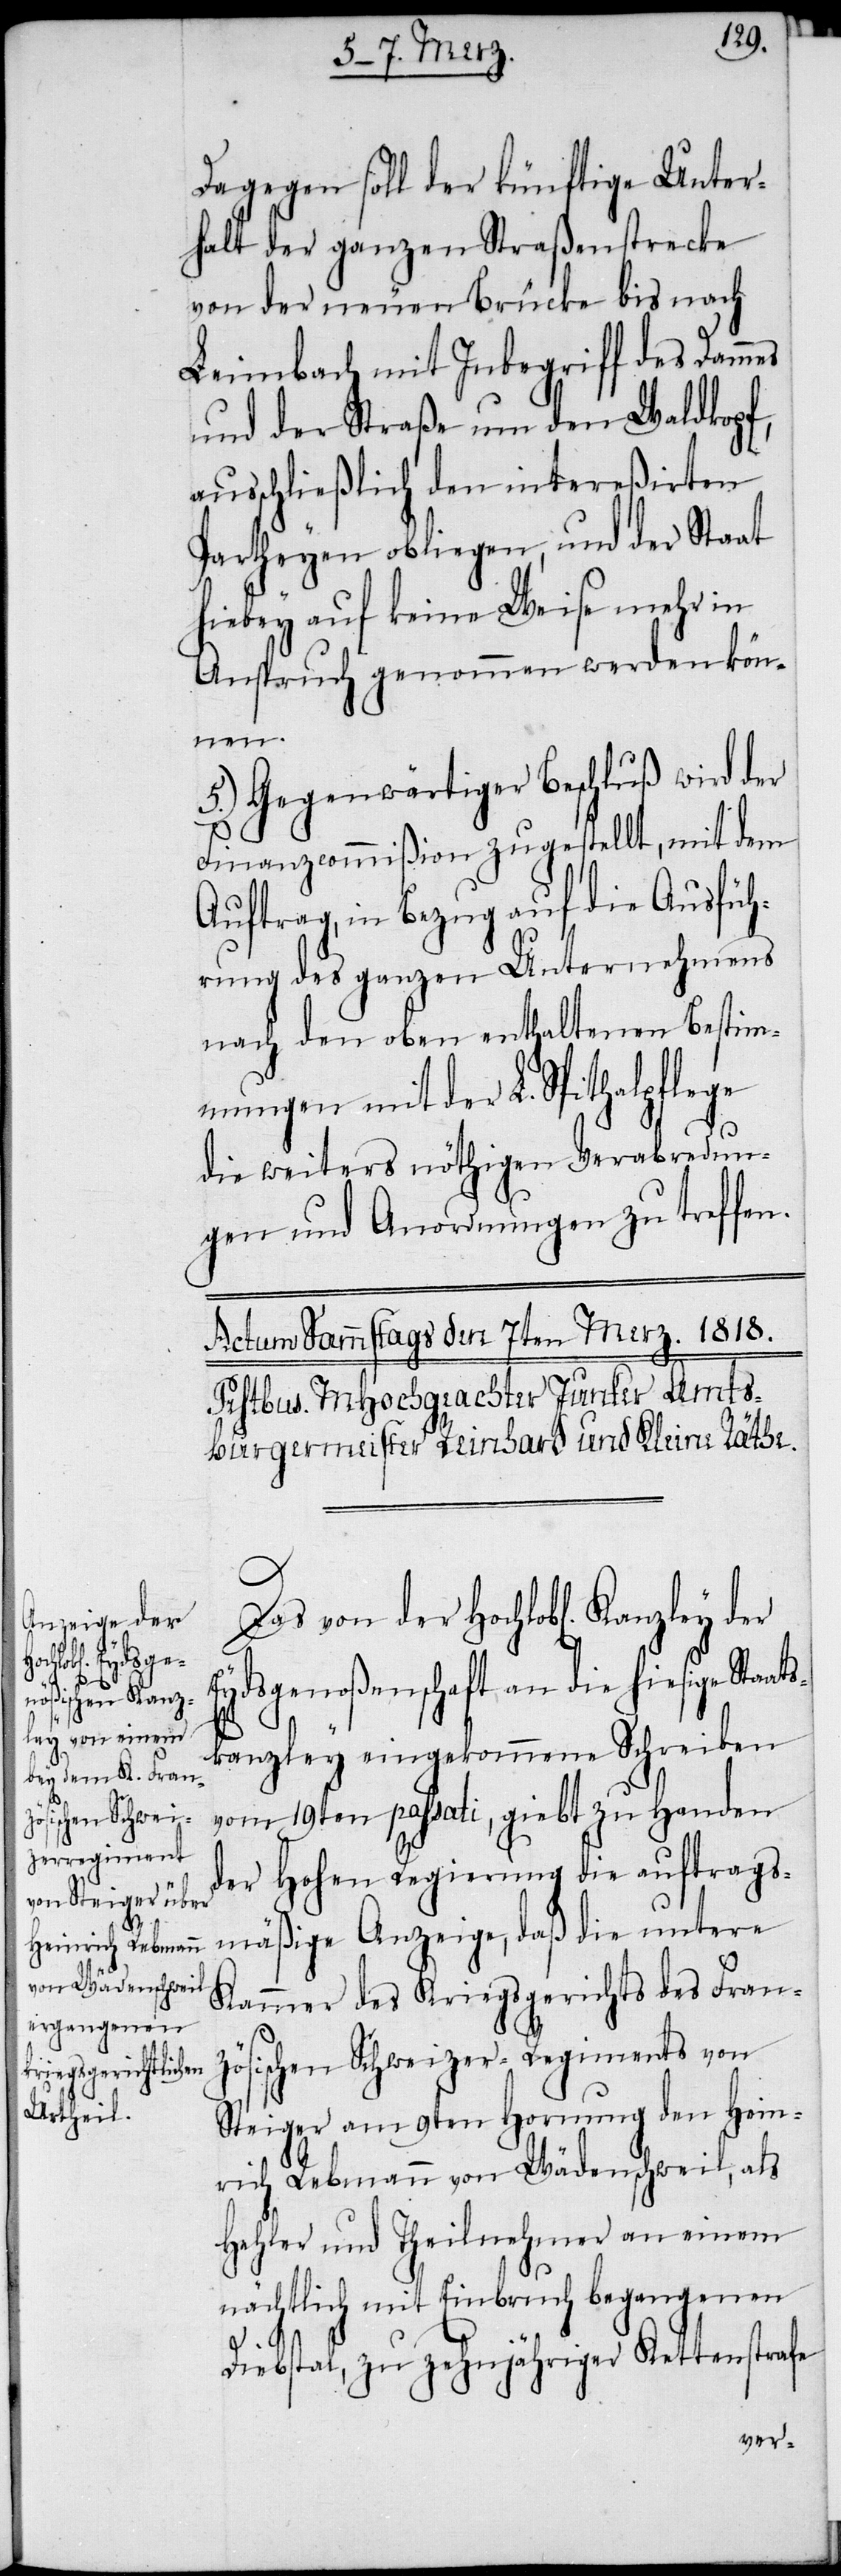
Dagegen soll der künftige Unter¬
halt der ganzen Straßenstrecke
von der neuen Brücke bis nach
Leimbach mit Inbegriff des Dammes
und der Straße um den Waldkopf,
ausschließlich den intereßirten
Partheyen obliegen, und der Staat
hiebey auf keine Weise mehr in
Anspruch genommen werden kön¬
nen.
5.) Gegenwärtiger Beschluß wird der
Finanzcommißion zugestellt, mit dem
Auftrag, in Bezug auf die Ausfüh¬
rung des ganzen Unternehmens
nach den oben enthaltenen Bestim¬
mungen mit der L. Spithalpflege
die weiters nöthigen Verabredun¬
gen und Anordnungen zu treffen.
Eydsgenoßenschaft an die hiesige Staa¬
ts¬
kanzley eingekommene Schreiben
vom 19ten passati, giebt zu Handen
der Hohen Regierung die auftrags¬
mäßige Anzeige, daß die untere
Kammer des Kriegsgerichts des Franz¬
ösischen Schweizer-Regiments von
Steiger am 9ten Hornung den Hein¬
rich Rebmann von Wädenschweil, als
Hehler und Theilnehmer an einem
nächtlich mit Einbruch begangenen
Diebstal, zu zehnjähriger Kettenstrafe